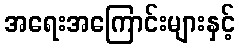
အရေးအကြောင်းများနှင့်